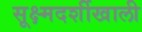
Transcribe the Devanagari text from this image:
सूक्ष्मदर्शीखाली